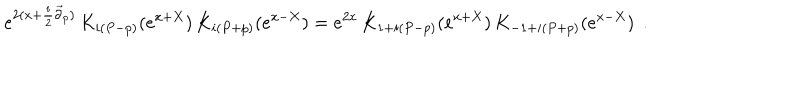
e ^ { 2 ( x + { \frac { i } { 2 } } \overrightarrow { \partial } _ { p } ) } \, K _ { i \left( P - p \right) } ( e ^ { x + X } ) \, K _ { i \left( P + p \right) } ( e ^ { x - X } ) = e ^ { 2 x } \, K _ { 1 + i \left( P - p \right) } ( e ^ { x + X } ) \, K _ { - 1 + i \left( P + p \right) } ( e ^ { x - X } ) \, \; .